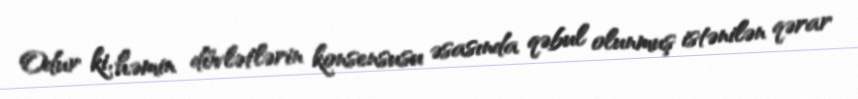
Odur ki, həmin dövlətlərin konsensusu əsasında qəbul olunmuş istənilən qərar